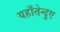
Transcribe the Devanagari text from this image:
यहाँतेन्दुए